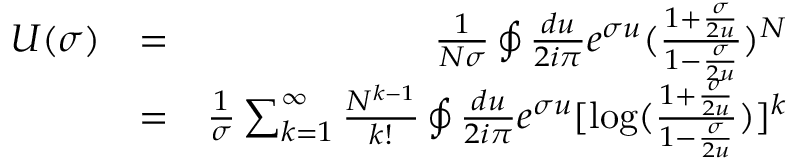
\begin{array} { r l r } { U ( \sigma ) } & { = } & { \frac { 1 } { N \sigma } \oint \frac { d u } { 2 i \pi } e ^ { \sigma u } ( \frac { 1 + \frac { \sigma } { 2 u } } { 1 - \frac { \sigma } { 2 u } } ) ^ { N } } \\ & { = } & { \frac { 1 } { \sigma } \sum _ { k = 1 } ^ { \infty } \frac { N ^ { k - 1 } } { k ! } \oint \frac { d u } { 2 i \pi } e ^ { \sigma u } [ \mathrm { l o g } ( \frac { 1 + \frac { \sigma } { 2 u } } { 1 - \frac { \sigma } { 2 u } } ) ] ^ { k } } \end{array}